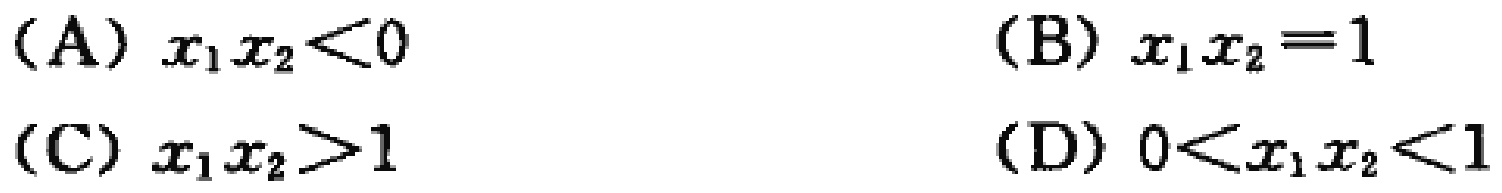
(A) \(x_1x_2<0\)
(B) \(x_1x_2 = 1\)
(C) \(x_1x_2>1\)
(D) \(0<x_1x_2<1\)